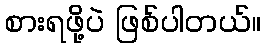
စားရဖို့ပဲ ဖြစ်ပါတယ်။